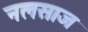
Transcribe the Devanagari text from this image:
नलसाज